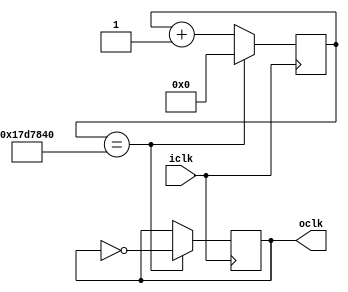
module clkmid(
input iclk,
output oclk
);

reg [31:0] clkcount;
reg mclk;

initial
clkcount <= 0 ;

always @(posedge iclk)
begin
	if(clkcount==25000000) begin
		mclk<=~mclk;
		clkcount <= 0;
	end else 
		clkcount <= clkcount + 1;
end

assign oclk = mclk;

endmodule